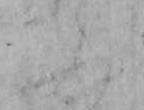
ふ